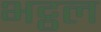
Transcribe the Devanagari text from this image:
भट्ठल